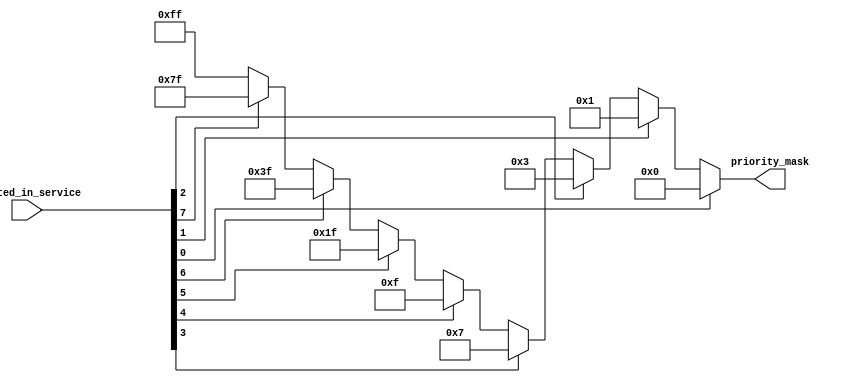
module PriorityMaskModule(
    input [7:0] rotated_in_service,
    output reg [7:0] priority_mask
);

    always @(*) begin
        if      (rotated_in_service[0] == 1'b1) priority_mask = 8'b00000000;
        else if (rotated_in_service[1] == 1'b1) priority_mask = 8'b00000001;
        else if (rotated_in_service[2] == 1'b1) priority_mask = 8'b00000011;
        else if (rotated_in_service[3] == 1'b1) priority_mask = 8'b00000111;
        else if (rotated_in_service[4] == 1'b1) priority_mask = 8'b00001111;
        else if (rotated_in_service[5] == 1'b1) priority_mask = 8'b00011111;
        else if (rotated_in_service[6] == 1'b1) priority_mask = 8'b00111111;
        else if (rotated_in_service[7] == 1'b1) priority_mask = 8'b01111111;
        else priority_mask = 8'b11111111;
    end

endmodule